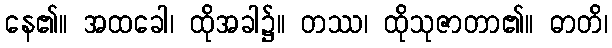
နေ၏။ အထခေါ၊ ထိုအခါ၌။ တဿ၊ ထိုသုဇာတာ၏။ ဓာတိ၊